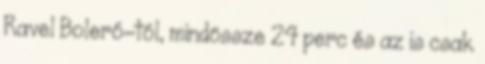
Ravel Boleró-tól, mindössze 24 perc és az is csak